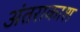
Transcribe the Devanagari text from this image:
अंतराकाश